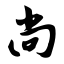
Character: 尚